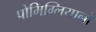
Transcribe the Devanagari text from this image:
पोमिग्लियानो